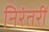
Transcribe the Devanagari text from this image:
निरंतरीं